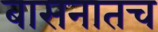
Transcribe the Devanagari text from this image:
बासनातच